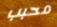
محبب